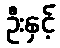
ဦးနှင့်